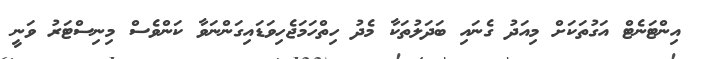
އިންޓަނެޓް އަގުތަކަށް މިއަދު ގެނައި ބަދަލުތަކާ މެދު ހިތްހަމަޖެހިވަޑައިގަންނަވާ ކަންވެސް މިނިސްޓަރު ވަނީ